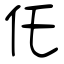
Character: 仛